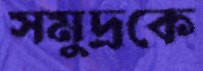
সমুদ্রকে